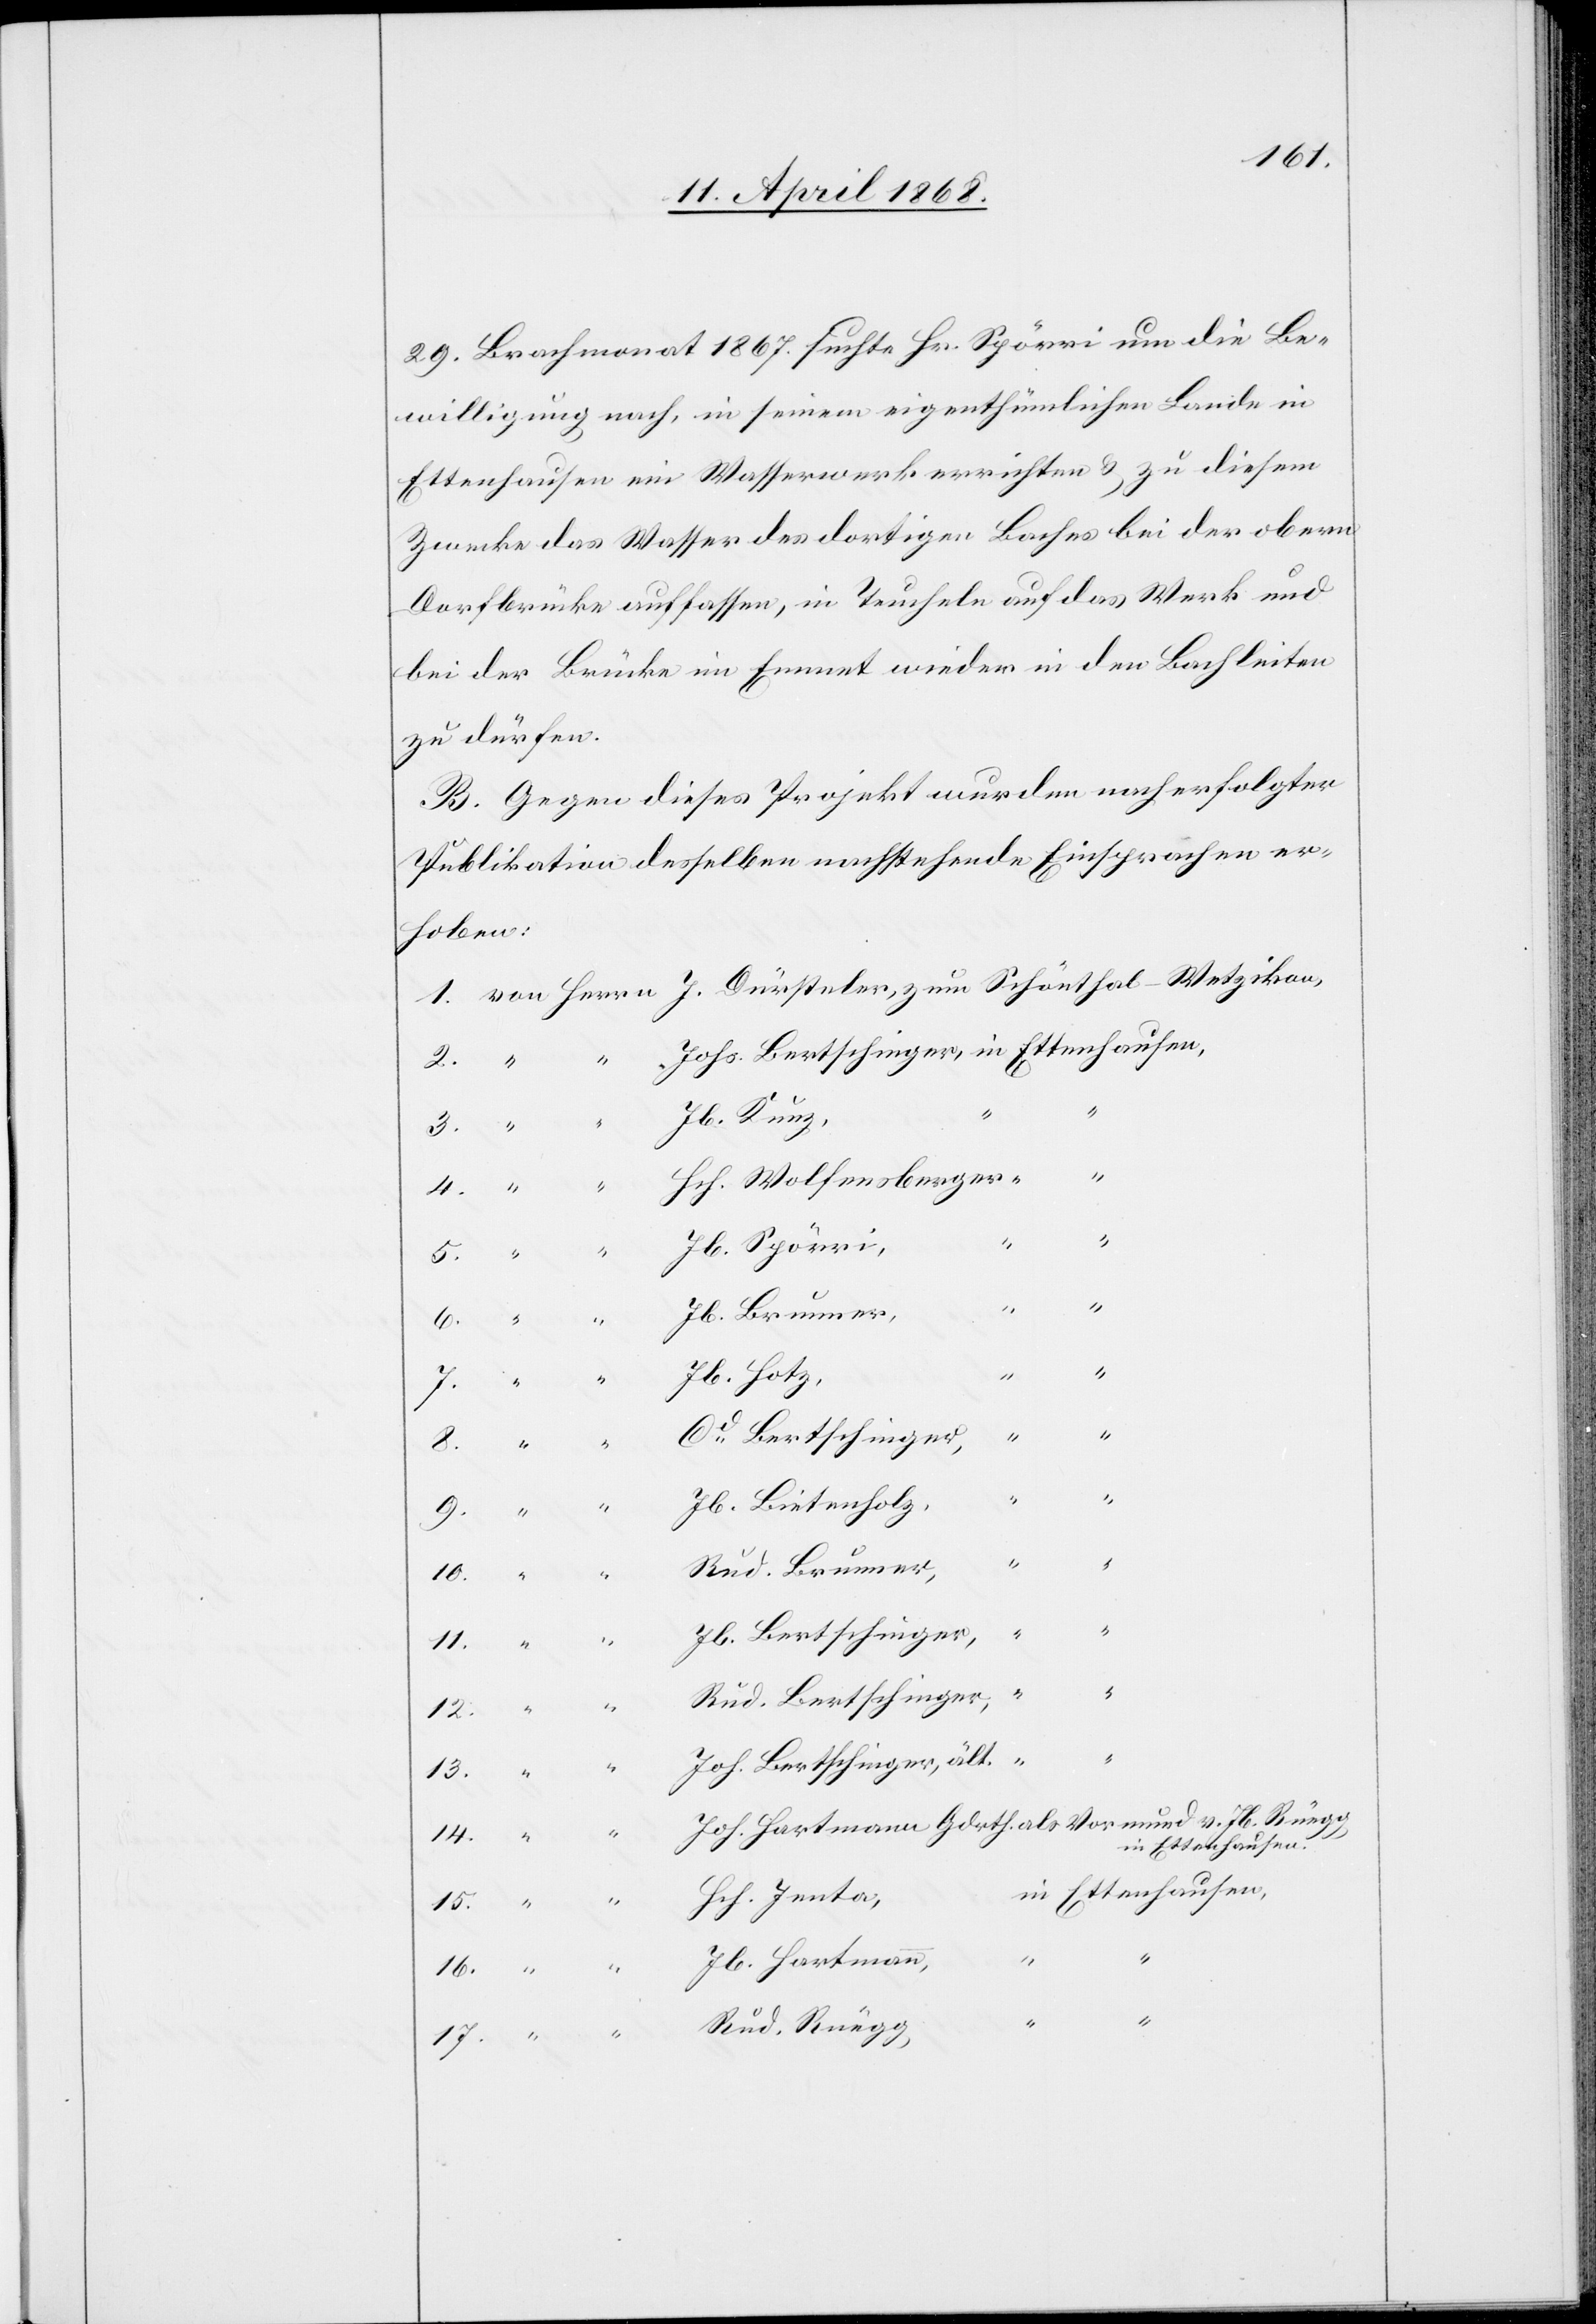
16.
29. Brachmonat 1867. suchte Hr. Spörri um die Be¬
willigung nach, in seinem eigenthümlichen Lande in
Ettenhausen ein Wasserwerk errichten & zu diesem
Zwecke das Wasser des dortigen Baches bei der obern
Dorfbrücke auffassen, in Teucheln auf das Werk und
bei der Brücke im Emmet wieder in den Bach leiten
zu dürfen.
B. Gegen dieses Projekt wurden nach erfolgter
Publikation desselben nachstehende Einsprachen er¬
hoben:
Jb. Kunz,
“ “
4.
Hch. Wolfensberger
“
14.
Jb. Spörri,
15.
13.
Jb. Brunner,
“
Jb. Hotz,
9.
“
Jb. Bietenholz,
Rud. Brunner,
“
Jb. Bertschinger,
8.
Rud. Bertschinger,
“
Joh. Bertschinger, ält.
Joh. Hartmann Gdrth. als Vormund v. Jb. Rüegg
3.
in Ettenhausen
in Ettenhausen,
“ “ Hch. Jenta,
“
17.
“ “ Jb. Hartmann,